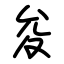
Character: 夋